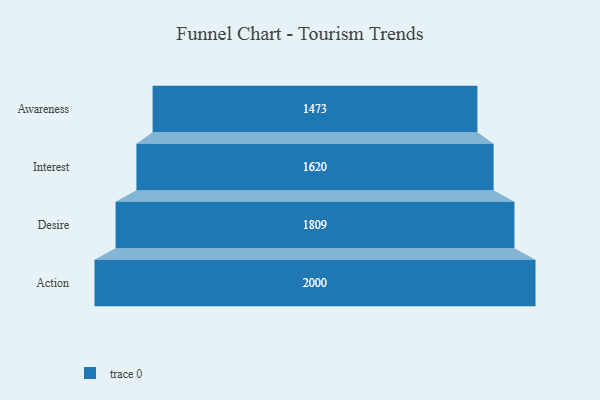
{"axis": {"x": "Stage", "y": "Value"}, "legend": [""], "data": [{"x": "Awareness", "y": 1473.0, "type": ""}, {"x": "Interest", "y": 1620.0, "type": ""}, {"x": "Desire", "y": 1809.0, "type": ""}, {"x": "Action", "y": 2000, "type": ""}]}